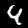
Label: 4